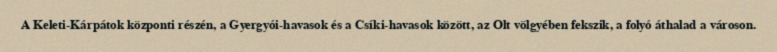
A Keleti-Kárpátok központi részén, a Gyergyói-havasok és a Csíki-havasok között, az Olt völgyében fekszik, a folyó áthalad a városon.